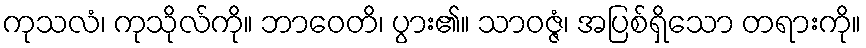
ကုသလံ၊ ကုသိုလ်ကို။ ဘာဝေတိ၊ ပွား၏။ သာဝဇ္ဇံ၊ အပြစ်ရှိသော တရားကို။